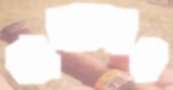
বাক্যজাল